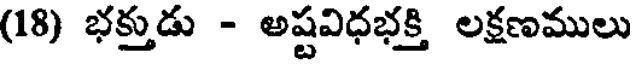
(18) భక్తుడు - అష్టవిధభక్తి లక్షణములు